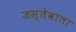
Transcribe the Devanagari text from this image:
जस्तेवाला